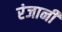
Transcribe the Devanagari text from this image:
रंजानी